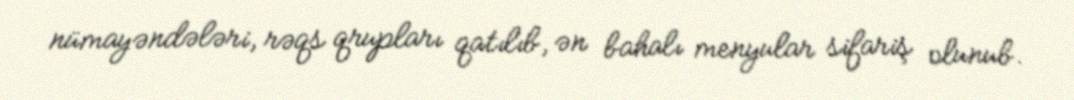
nümayəndələri, rəqs qrupları qatılıb, ən bahalı menyular sifariş olunub.